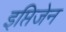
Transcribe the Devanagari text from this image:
इप्तिजेन